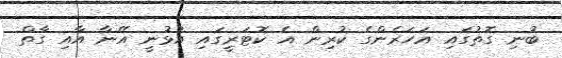
ބުނި ގޮތުގައި އަހަރެންގެ ކުރިން އެ ކޮޓަރީގައި އުޅުނީ އޭނާ އާއި ގާތް